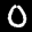
Label: 0